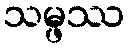
သမ္ဖဿ